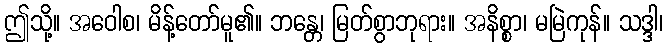
ဤသို့။ အဝေါစ၊ မိန့်တော်မူ၏။ ဘန္တေ၊ မြတ်စွာဘုရား။ အနိစ္စာ၊ မမြဲကုန်။ သဒ္ဒါ၊